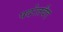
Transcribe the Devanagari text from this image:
पदरेतवैट